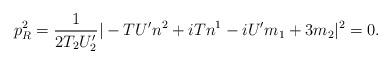
LaTeX: \begin{align*}p_{R}^{2} = \frac{1}{2T_{2}U'_{2}}|-{T}U'n^{2} + i{T} n^{1}-iU'm_{1} + 3 m_{2}|^{2} = 0.\end{align*}